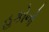
હકોનો